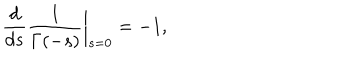
{ \frac { d } { d s } } { \frac { 1 } { \Gamma ( - s ) } } \bigg | _ { s = 0 } = - 1 ,